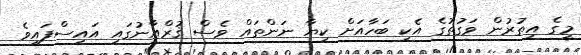
މީގެ އިތުރުން ވަގުތުގެ އެކި ބަހާއަށް ކިޔާ ނަންތައް ވެސް ޤުރްއާނުގައި އައިސްފައިވެ